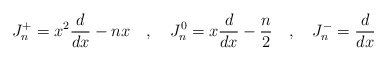
\begin{align*}J^+_n = x^2{d \over {d x}} - nx\quad ,\quad J^0_n = x{d \over{d x}}-{n\over 2}\quad , \quad J^-_n = {d \over {d x}}\end{align*}